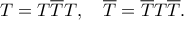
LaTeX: T = T \overline { { { T } } } T , \quad \overline { { { T } } } = \overline { { { T } } } T \overline { { { T } } } .